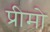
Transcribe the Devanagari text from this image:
प्रीमो